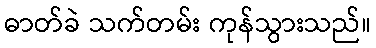
ဓာတ်ခဲ သက်တမ်း ကုန်သွားသည်။